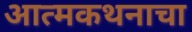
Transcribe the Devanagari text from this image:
आत्मकथनाचा